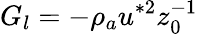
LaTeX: G_{l}=-\rho_{a}u^{*2}z_{0}^{-1}